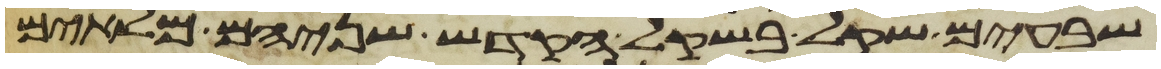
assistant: שבעים שקל בשקל הקדש שניהם מלאים